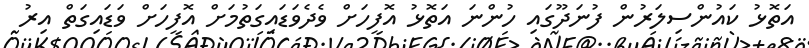
އަތޮޅު ކައުންސިލަރުން ފުނަދޫގައި ހުންނަ އަތޮޅު އޮފީހަށް ވެދެވަޑައިގަތުމަށް އޮފީހަށް ވަޑައިގަތް އިރު